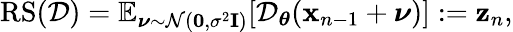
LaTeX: \begin{array}{r}{\mathrm{RS}(\mathcal D)=\mathbb{E}_{\boldsymbol\nu\sim\mathcal{N}(\mathbf 0,\sigma^{2}\mathbf I)}[\mathcal D_{\boldsymbol{\theta}}(\mathbf x_{n-1}+\boldsymbol\nu)]\mathrel{\mathop:}=\mathbf{z}_{n},}\end{array}